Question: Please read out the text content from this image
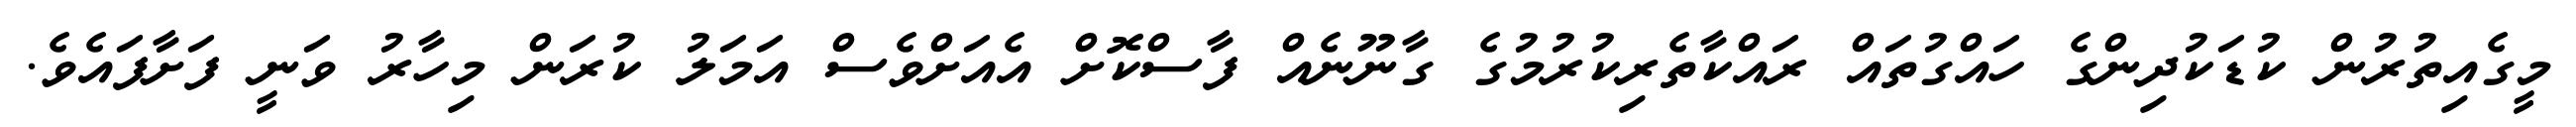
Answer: މީގެއިތުރުން ކުޑަކުދިންގެ ހައްގުތައް ރައްކާތެރިކުރުމުގެ ގާނޫނެއް ފާސްކޮށް އެއަށްވެސް އަމަލު ކުރަން މިހާރު ވަނީ ފަށާފައެވެ.